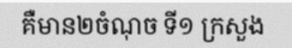
គឺមាន២ចំណុច ទី១ ក្រសួង